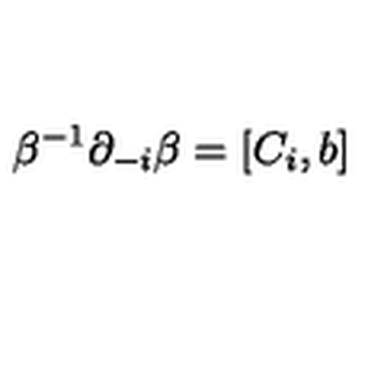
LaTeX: \beta ^ { - 1 } \partial _ { - i } \beta = [ C _ { i } , b ]